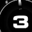
Digit: 3